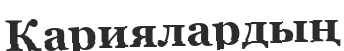
Қариялардың